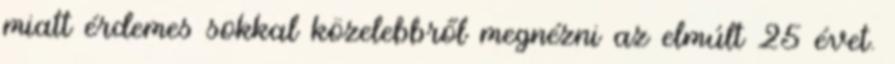
miatt érdemes sokkal közelebbről megnézni az elmúlt 25 évet.